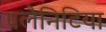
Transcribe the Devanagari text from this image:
पलैनिटिया